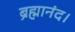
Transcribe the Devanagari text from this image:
ब्रह्मानंद।